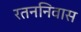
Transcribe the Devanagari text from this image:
रतननिवास